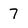
Character: 7